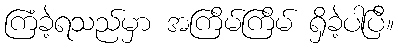
ကြံခဲ့ရသည်မှာ အကြိမ်ကြိမ် ရှိခဲ့ပါပြီ။